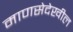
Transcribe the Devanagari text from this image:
माणसेदेखील